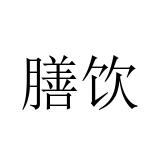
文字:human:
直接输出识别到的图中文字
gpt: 膳饮